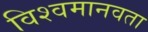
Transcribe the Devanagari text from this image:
विश्वमानवता